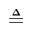
\triangleq